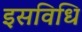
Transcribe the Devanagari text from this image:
इसविधि